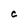
Character: C